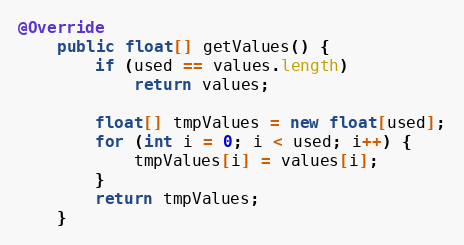
Language: Java
@Override
    public float[] getValues() {
        if (used == values.length)
            return values;

        float[] tmpValues = new float[used];
        for (int i = 0; i < used; i++) {
        	tmpValues[i] = values[i];
        }
        return tmpValues;
    }